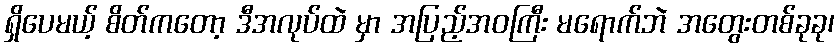
ရှိပေမယ့် စိတ်ကတော့ ဒီအလုပ်ထဲ မှာ အပြည့်အဝကြီး မရောက်ဘဲ အတွေးတစ်ခုခု၊